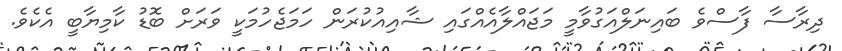
ދިރާސާ ފާސްވެ ބައިނަލްއަގުވާމީ މަޖައްލާއެއްގައި ޝާއިއުކުރަން ހަމަޖެހުމަކީ ވަރަށް ބޮޑު ކާމިޔާބީ އެކެވެ.